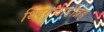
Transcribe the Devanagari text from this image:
थ्लिंगचाडीन्नेह